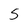
Character: 5